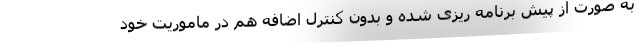
به صورت از پیش برنامه ریزی شده و بدون کنترل اضافه هم در ماموریت خود